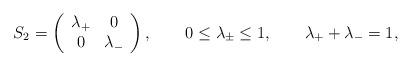
LaTeX: \begin{align*}S_2=\left( \begin{array}{cc} \lambda_+ & 0 \\0 & \lambda_- \end{array} \right), \qquad0 \le \lambda_\pm \le 1, \qquad \lambda_+ +\lambda_- =1,\end{align*}